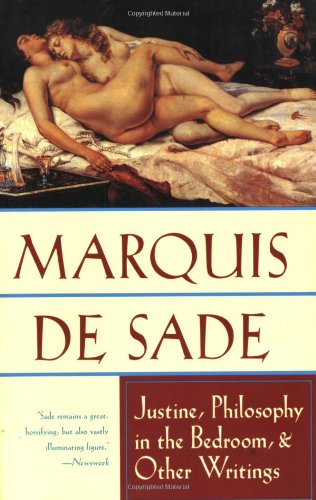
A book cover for Justine, Philosophy in the Bedroom, and Other Writings; Marquis de Sade; Romance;